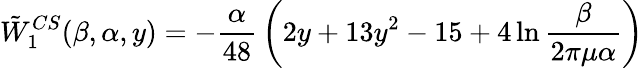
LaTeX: \tilde{W}_{1}^{CS}(\beta,\alpha,y)=-{\frac{\alpha}{48}}\left(2y+13y^{2}-15+4\ln{\frac{\beta}{2\pi\mu\alpha}}\right)